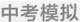
中考模拟